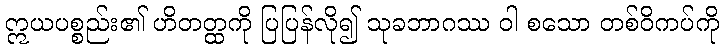
ဣယပစ္စည်း၏ ဟိတတ္ထကို ပြပြန်လို၍ သုခဘာဂဿ ဝါ စသော တစ်ဝိကပ်ကို